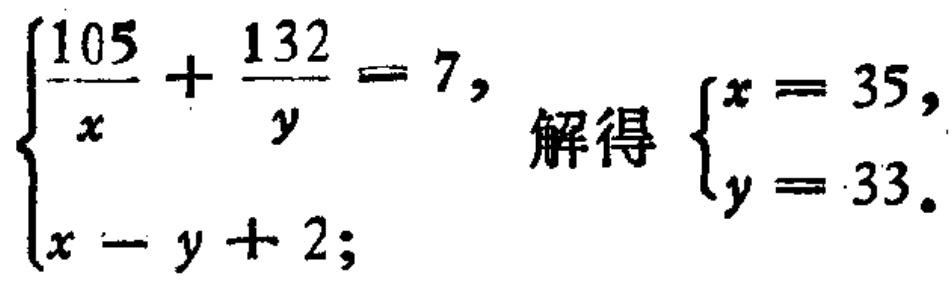
$\begin{cases}
\frac{105}{x}+\frac{132}{y}=7,\\
x = y + 2;
\end{cases}$ 解得 $\begin{cases}
x = 35,\\
y = 33.
\end{cases}$